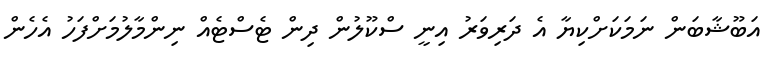
އަބޫޝާބަން ނަމަކަށްކިޔާ އެ ދަރިވަރު އިނީ ސްކޫލުން ދިން ޓެސްޓެއް ނިންމާލުމަށްފަހު އެހެން